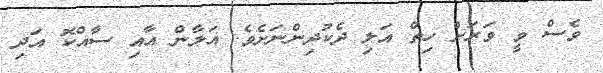
ވެސް ވީ ވަރަށް ހިތް އަލި ދެކުދިންނަށެވެ. އަލާން އާއި ސާއްކޮ އަދި